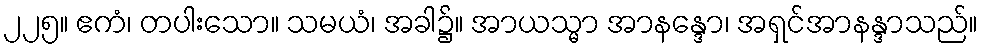
၂၂၅။ ဧကံ၊ တပါးသော။ သမယံ၊ အခါ၌။ အာယသ္မာ အာနန္ဒော၊ အရှင်အာနန္ဒာသည်။